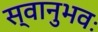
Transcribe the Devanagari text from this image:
स्वानुभवः